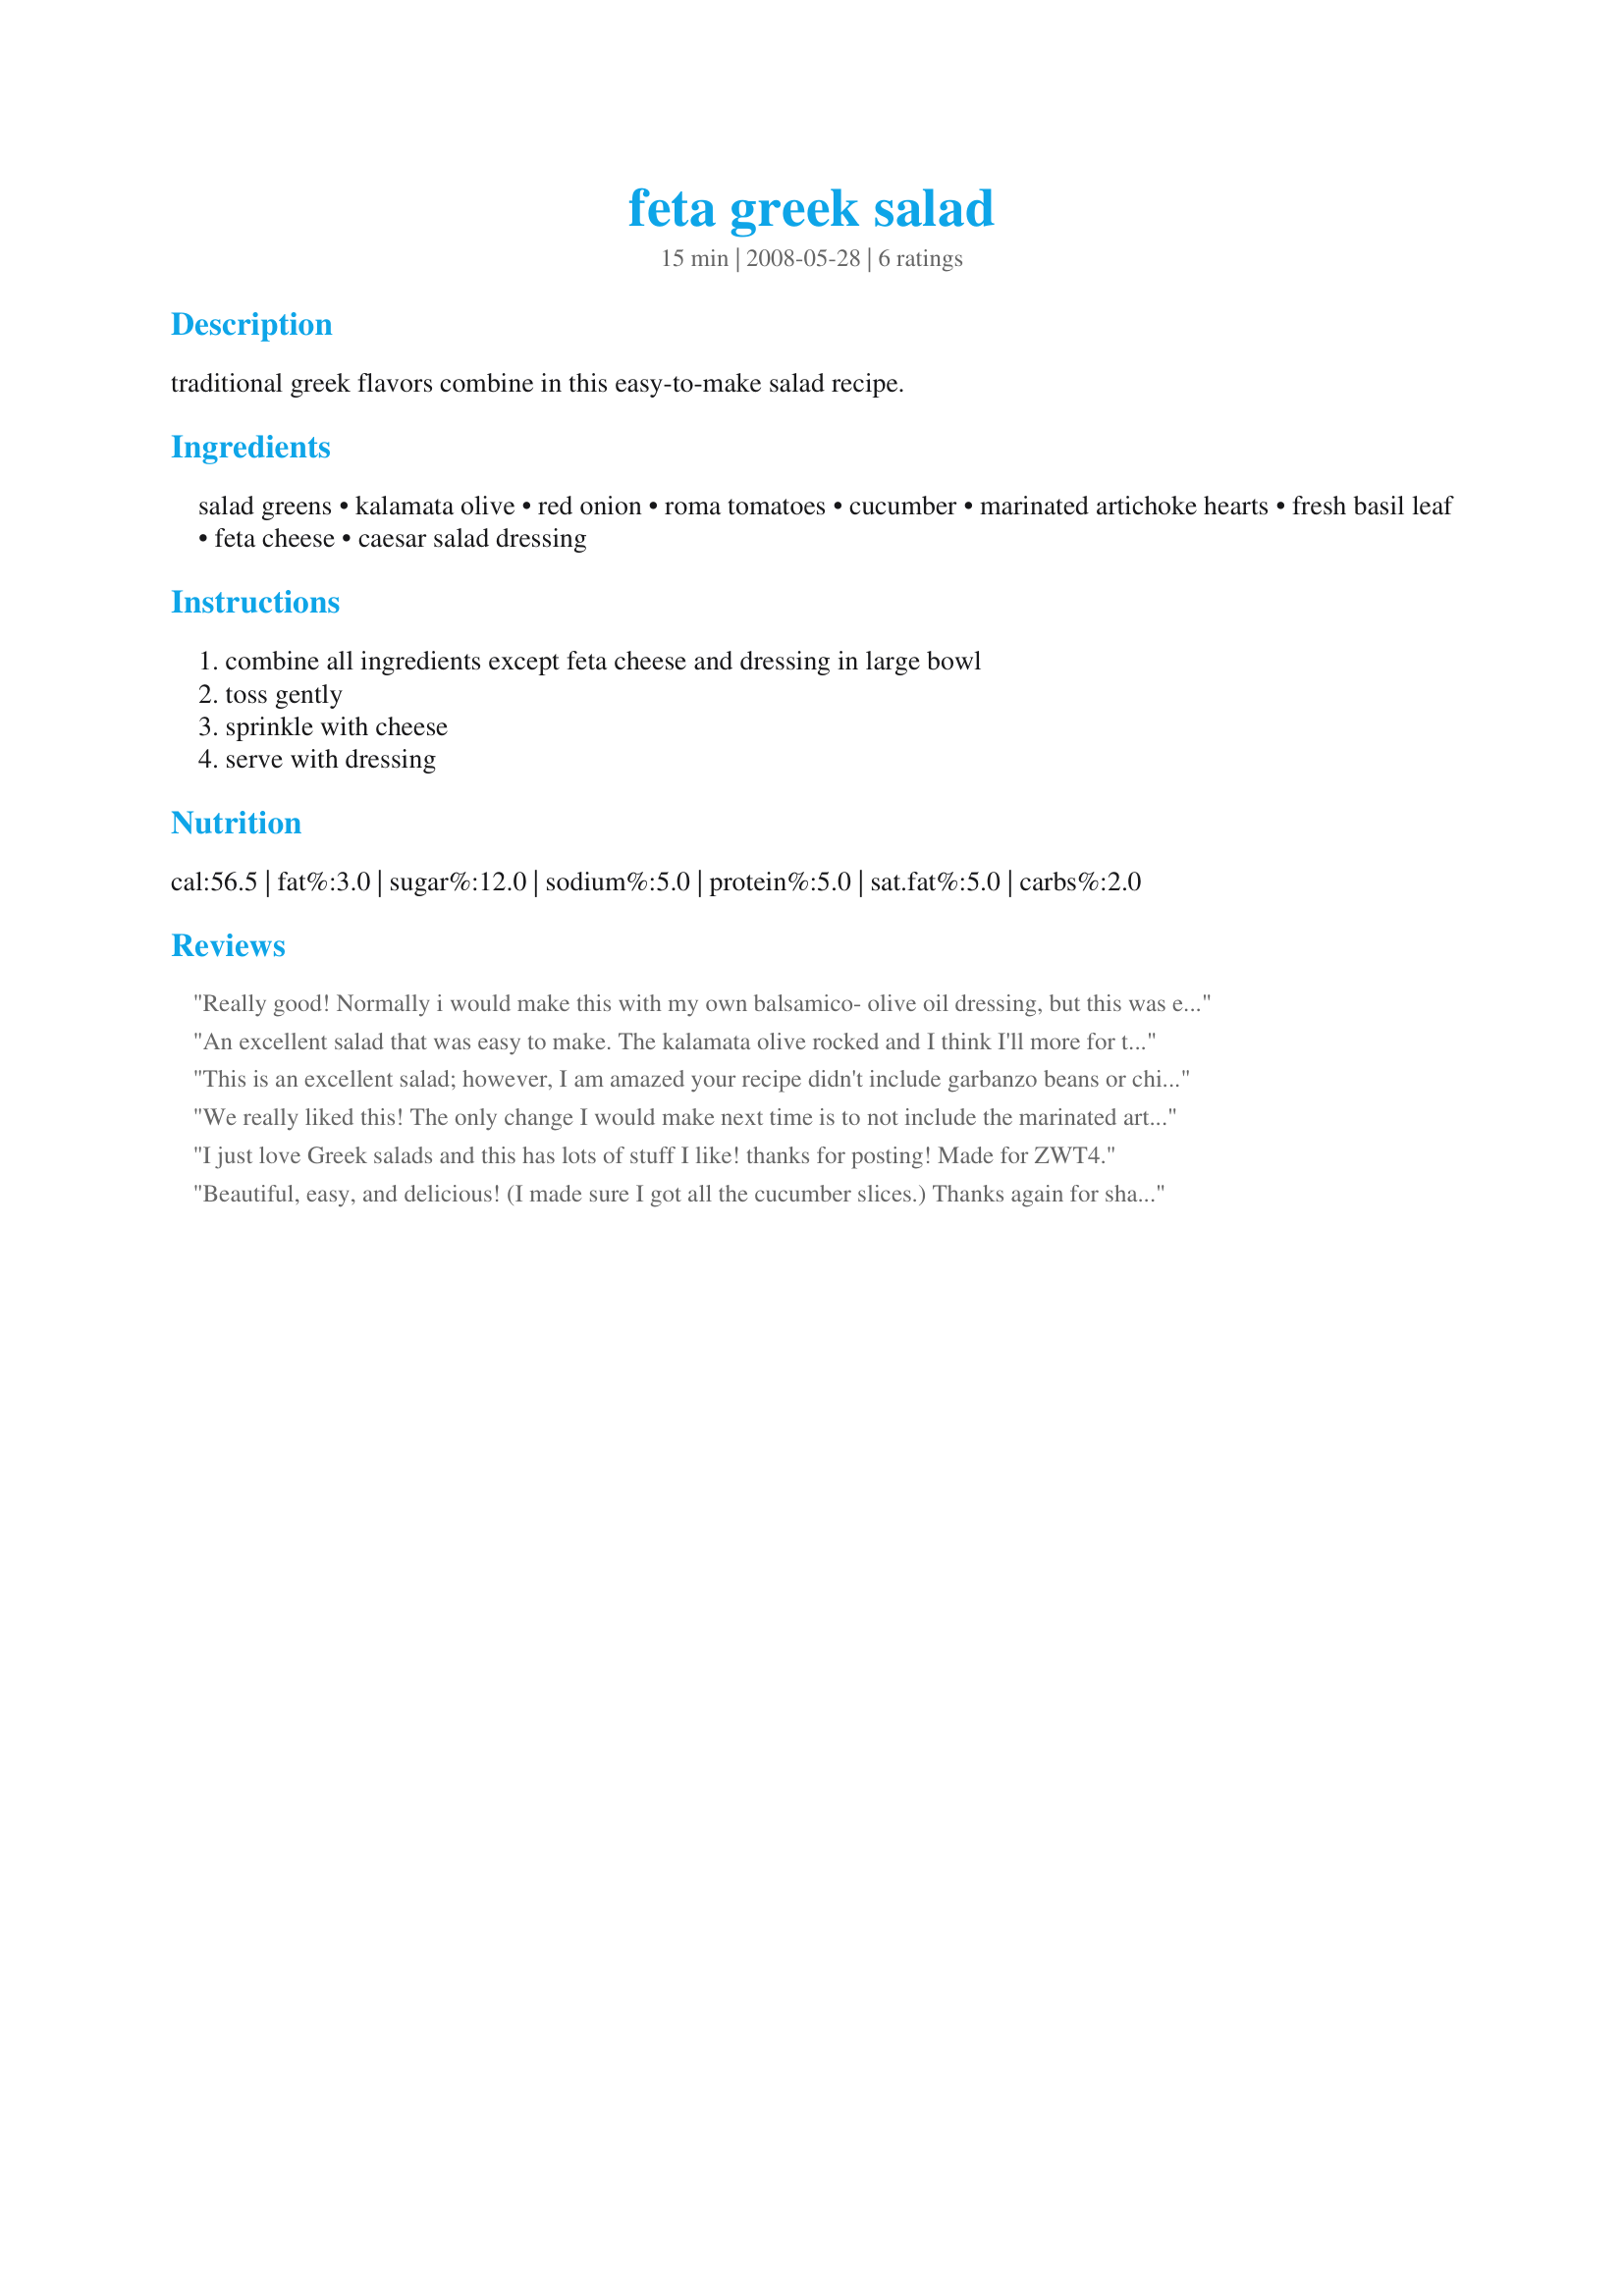
feta greek salad
Preparation time: 15 minutes

traditional greek flavors combine in this easy-to-make salad recipe.

Ingredients:
salad greens, kalamata olive, red onion, roma tomatoes, cucumber, marinated artichoke hearts, fresh basil leaf, feta cheese, caesar salad dressing

Steps:
combine all ingredients except feta cheese and dressing in large bowl, toss gently, sprinkle with cheese, serve with dressing

Reviews:
Really good! Normally i would make this with my own balsamico- olive oil dressing, but this was easier and very tasty. I've never used artichokes and basil in a Greek salad before, it makes a nice difference. DD ate half the bowl, so she loved it too. She told me to give you 5 stars, but you would've gotten them from me too! Made for ZWT 4, team TTT
An excellent salad that was easy to make. The kalamata olive rocked and I think I'll more for them the next time I make it. I made this for *Zaar World Tour 4* 2008 for the Greece region. I'm playing on the team *Tastebud Tickling Travelers* Got to love ZWT4! Thank you for posting.
This is an excellent salad; however, I am amazed your recipe didn't include garbanzo beans or chick peas. They were grown in Greece in 3500 BC... there is nothing more Greek. I included them as my foundation. Also a Caesar salad dressing goes with a Greek feta salad as good as Ragu would go with a Caesar salad. I used a feta cheese vinaigrette dressing. The result is a salad that is beyond description.
We really liked this! The only change I would make next time is to not include the marinated artichoke hearts. They didn't seem to go with the caesar dressing. Thanks for posting Lainey, made for ZWT, please see my rating system as I rate tougher than most.
I just love Greek salads and this has lots of stuff I like! thanks for posting! Made for ZWT4.
Beautiful, easy, and delicious! (I made sure I got all the cucumber slices.) Thanks again for sharing another superior recipe Lainey. Made for ZWT4.
